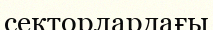
секторлардағы